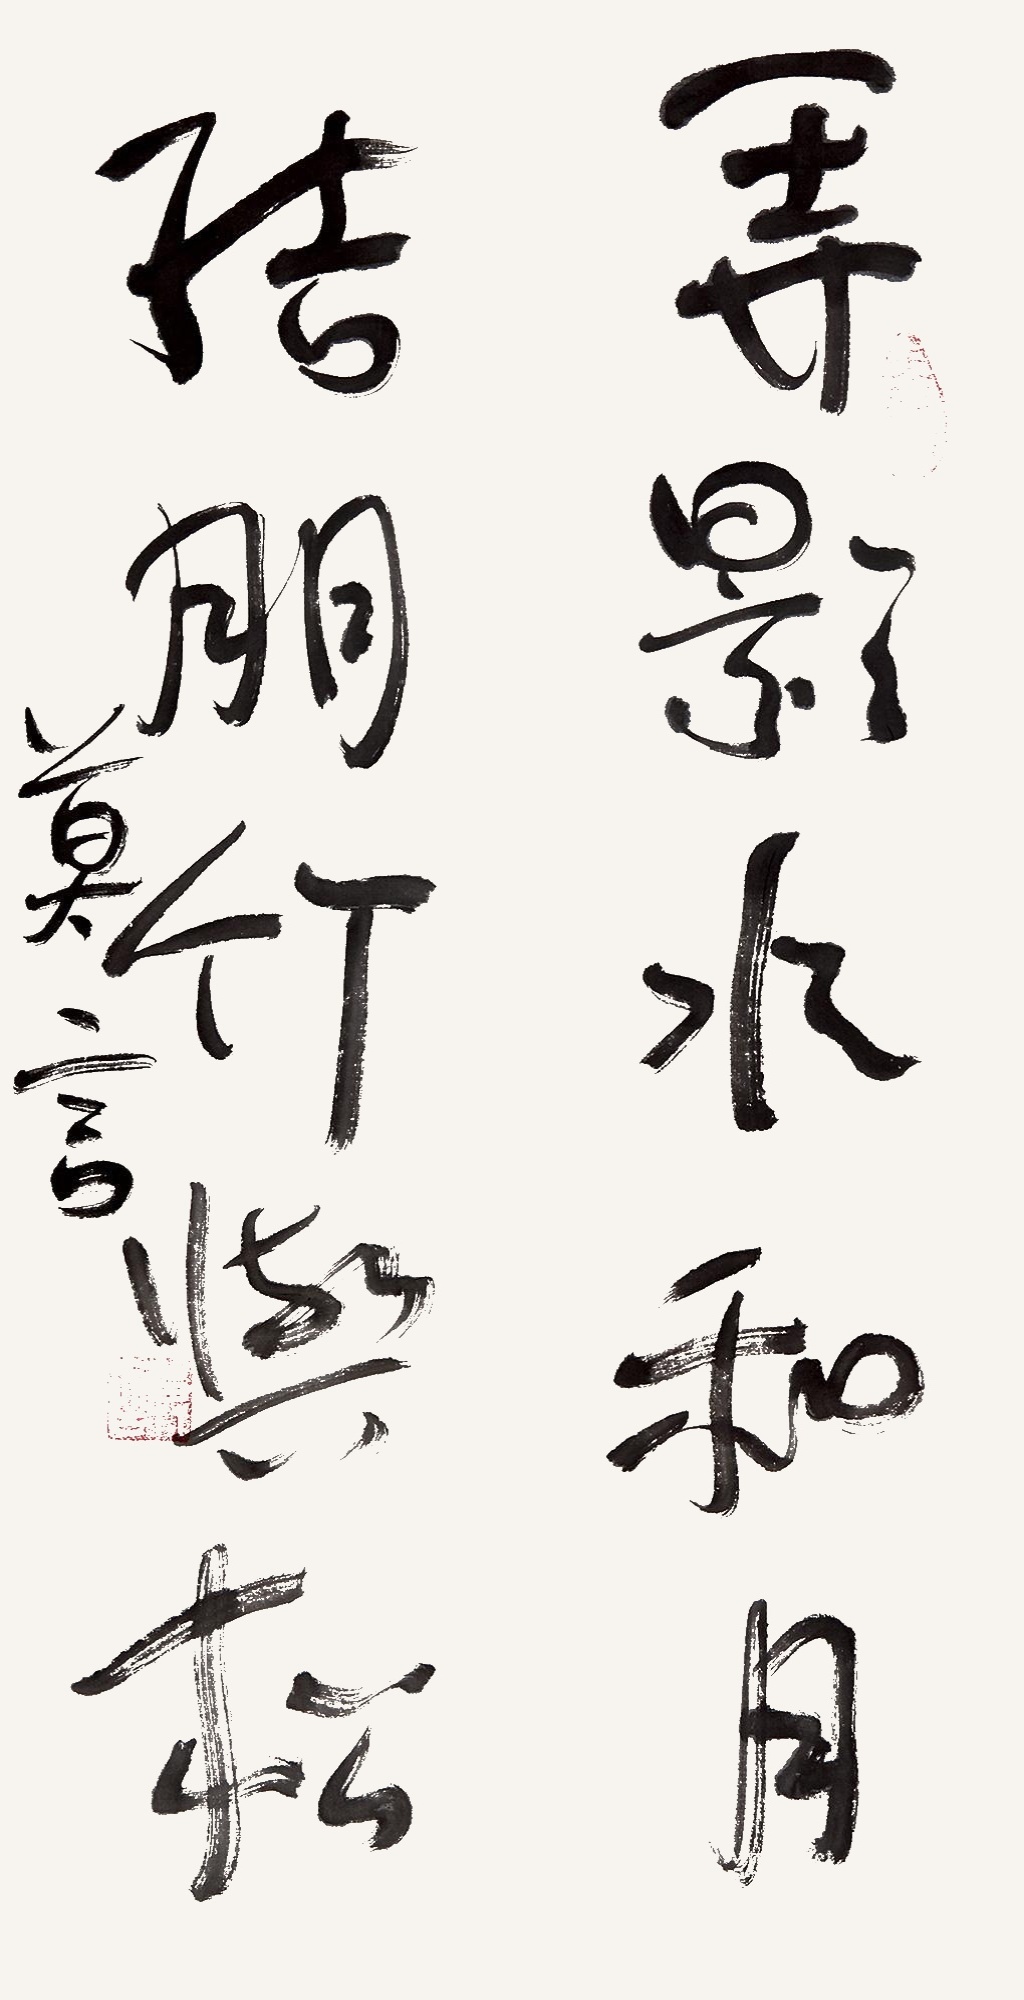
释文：弄影水和月，结朋竹与松。莫言。